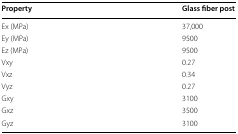
| Property | Glass fiber post |
 | --- | --- |
 | Ex (MPa) | 37,000 |
 | Ey (MPa) | 9500 |
 | Ez (MPa) | 9500 |
 | Vxy | 0.27 |
 | Vxz | 0.34 |
 | Vyz | 0.27 |
 | Gxy | 3100 |
 | Gxz | 3500 |
 | Gyz | 3100 |